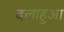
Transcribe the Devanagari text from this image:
दलाहुआ